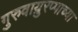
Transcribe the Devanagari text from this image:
गुरुवाय्रुरप्पाच्या